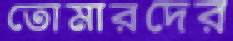
তোমারদের